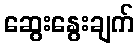
ဆွေးနွေးချက်